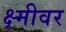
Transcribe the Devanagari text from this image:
क्ष्मीवर